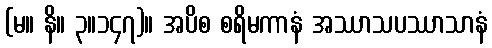
(မ။ နိ။ ၃။၁၄၇)။ အပိစ စရိမကာနံ အဿာသပဿာသာနံ